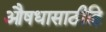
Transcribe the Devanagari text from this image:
औषधासाठीहि